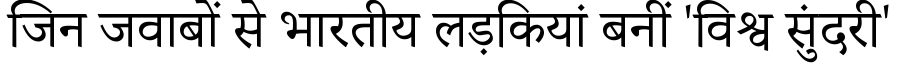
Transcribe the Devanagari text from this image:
जिन जवाबों से भारतीय लड़कियां बनीं 'विश्व सुंदरी'